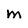
Character: M